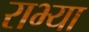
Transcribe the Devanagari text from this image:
राभ्या